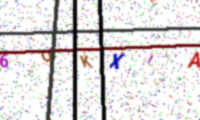
Text: 6OKXIAM